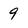
Character: 9